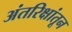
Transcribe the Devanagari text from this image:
अंतरिक्षांतून